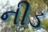
નીડ